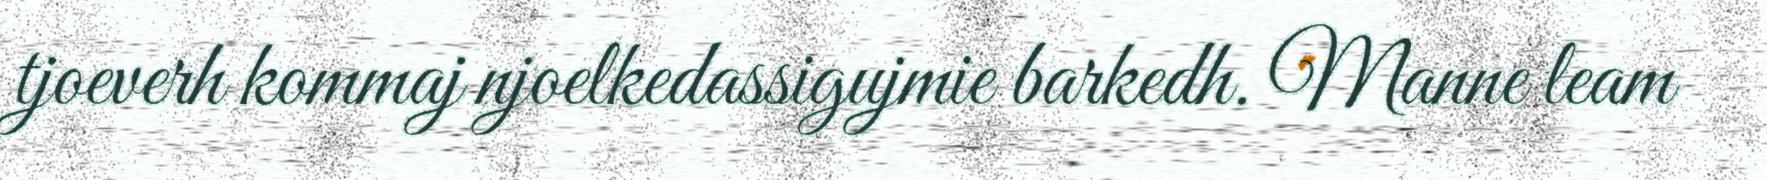
tjoeverh kommaj njoelkedassigujmie barkedh. Manne leam